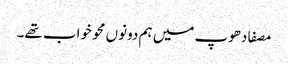
مصفا دھوپ میں ہم دونوں محو خواب تھے۔